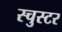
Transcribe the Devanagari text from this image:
स्चुस्टर